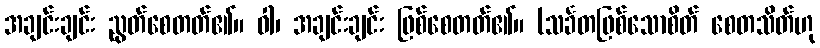
အချင်းချင်း ညွတ်စေတတ်၏။ ဝါ၊ အချင်းချင်း ဖြစ်စေတတ်၏။ (သင်္ခတဖြစ်သောစိတ် စေတသိတ်ဟု